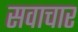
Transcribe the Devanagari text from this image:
सवाचार